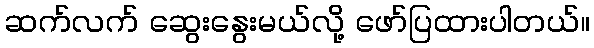
ဆက်လက် ဆွေးနွေးမယ်လို့ ဖော်ပြထားပါတယ်။